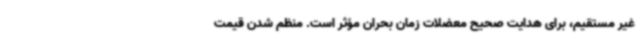
غیر مستقیم، برای هدایت صحیح معضلات زمان بحران مؤثر است. منظم شدن قیمت